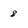
Character: 8